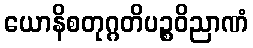
ယောနိစတုဂ္ဂတိပဉ္စဝိညာဏံ